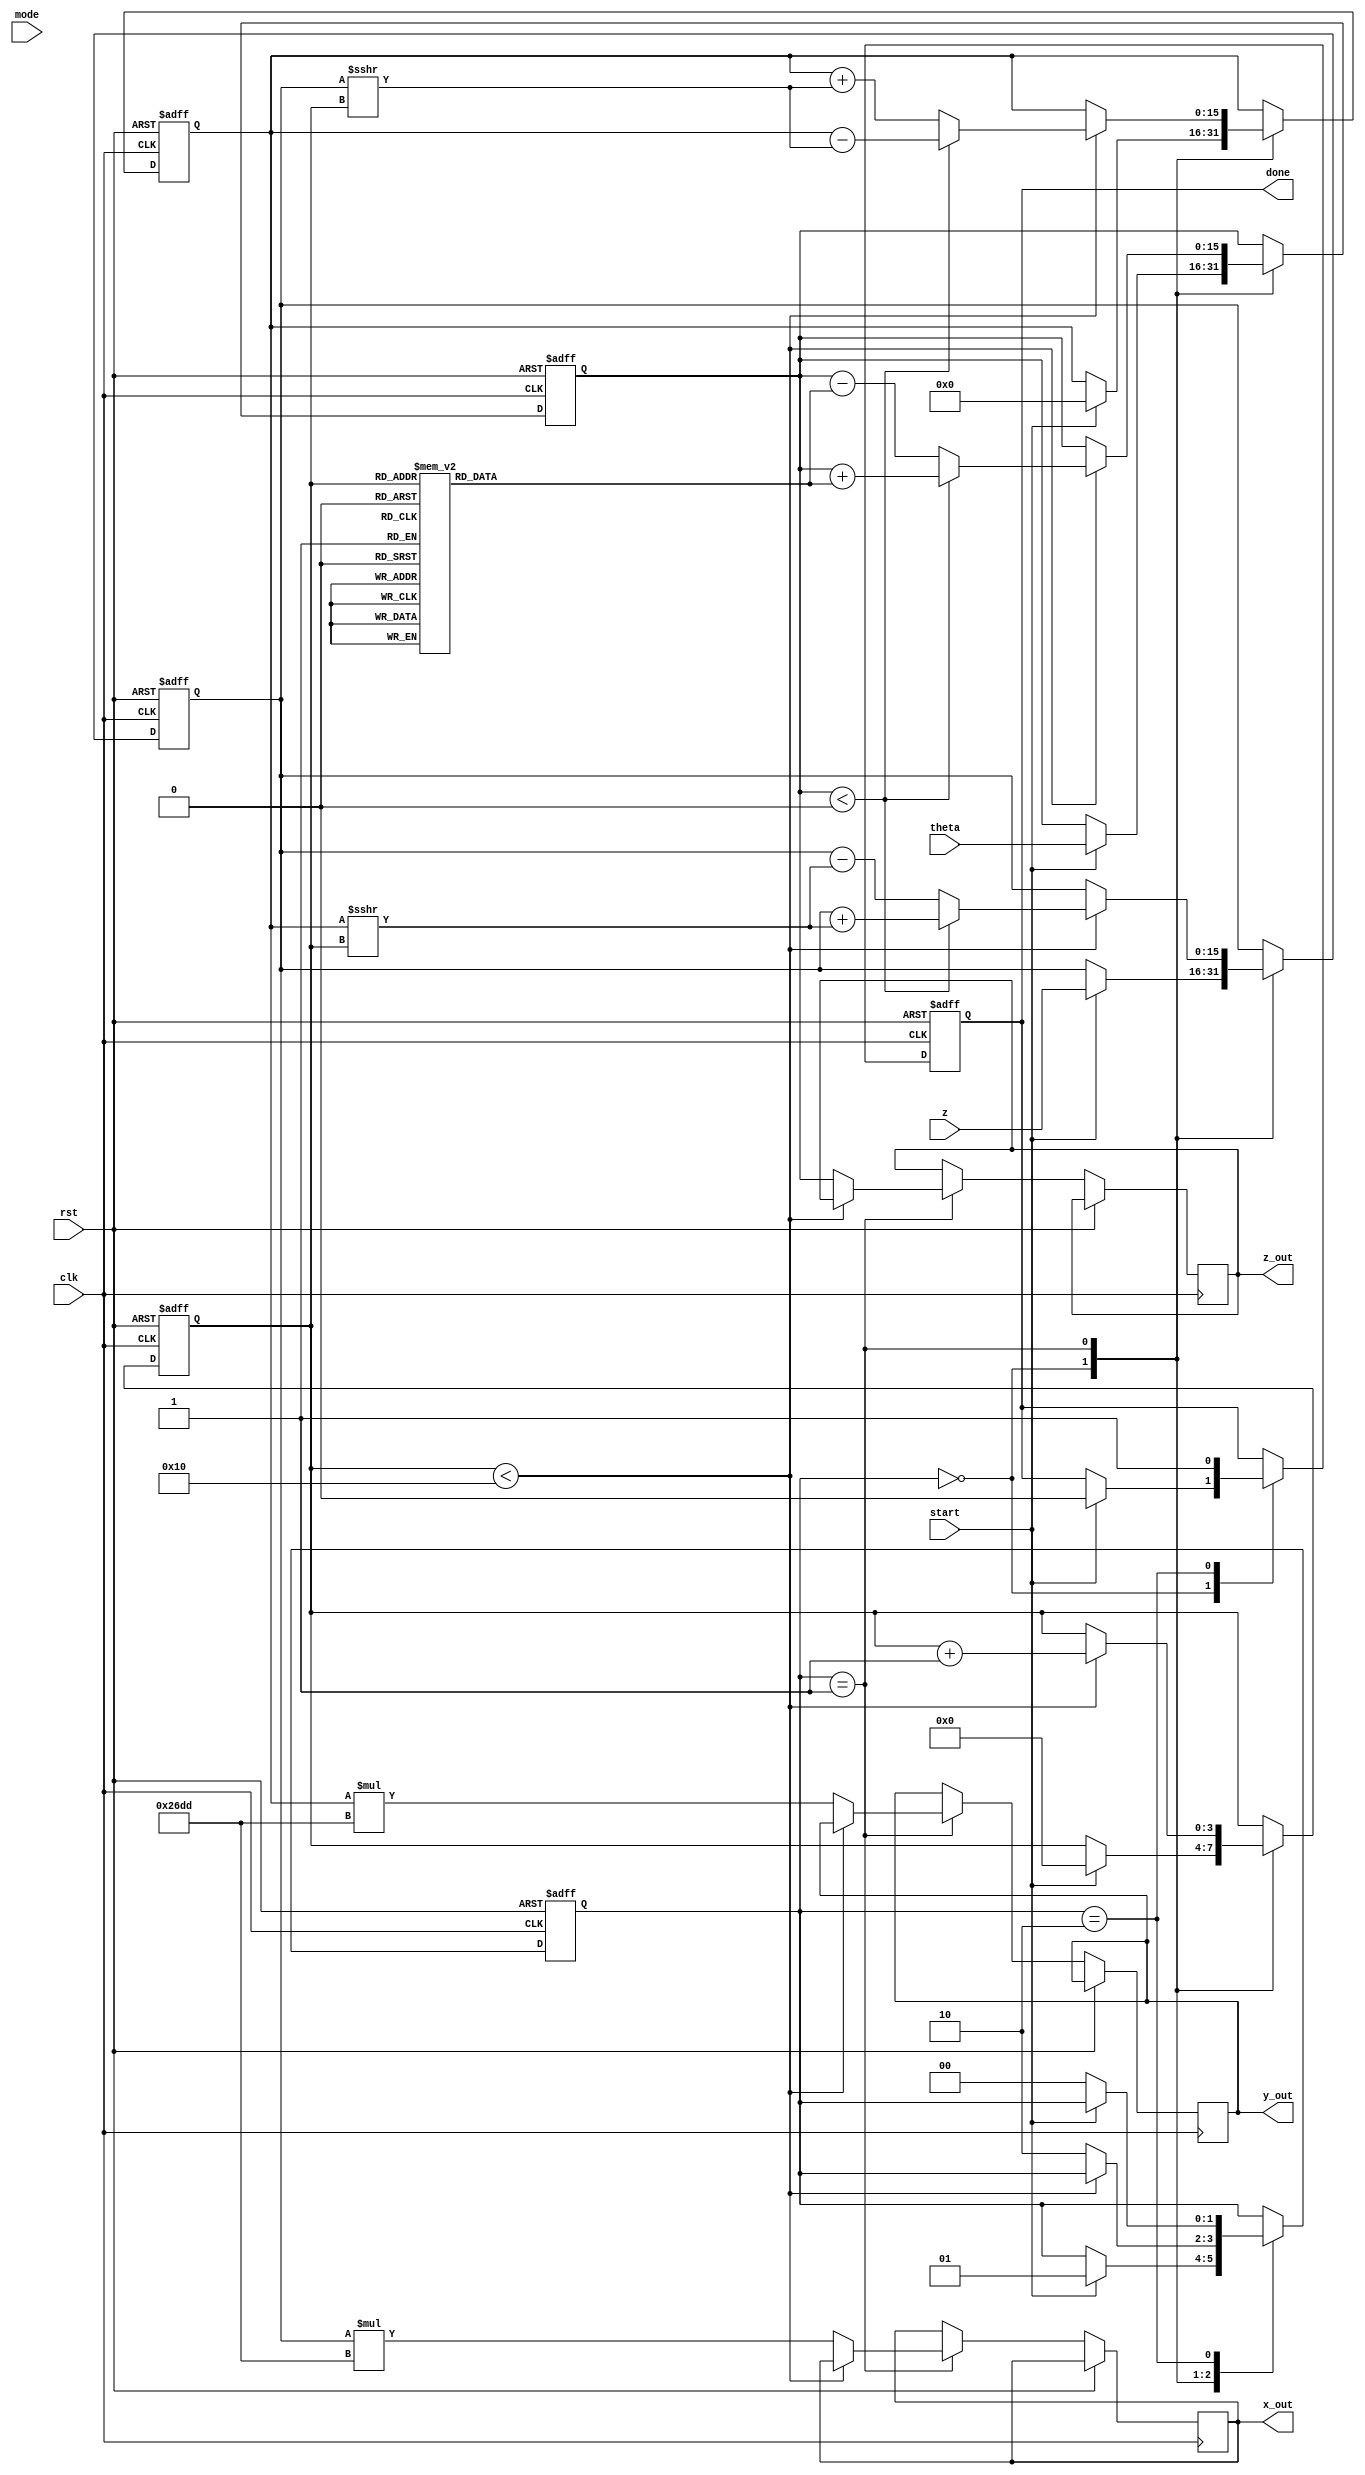
module cordic (
    input wire clk,
    input wire rst,
    input wire [15:0] theta,      // Angle input (fixed-point)
    input wire [15:0] z,          // Magnitude input (fixed-point)
    input wire [1:0] mode,        // Operation mode (00: sine, 01: cosine, 10: hyperbolic, 11: multiplication)
    input wire start,             // Start signal
    output reg [15:0] x_out,      // X output
    output reg [15:0] y_out,      // Y output
    output reg [15:0] z_out,      // Z output
    output reg done               // Done signal
);

    // Internal parameters
    parameter N = 16;              // Number of iterations
    parameter [15:0] K = 16'h26DD; // Scaling factor (approx. 0.607)
    
    // Lookup table for arctangent values
    reg [15:0] atan_table [0:N-1];
    initial begin
        atan_table[0] = 16'h2000; // atan(2^0)
        atan_table[1] = 16'h1333; // atan(2^-1)
        atan_table[2] = 16'h0A3D; // atan(2^-2)
        atan_table[3] = 16'h0519; // atan(2^-3)
        atan_table[4] = 16'h028B; // atan(2^-4)
        atan_table[5] = 16'h0143; // atan(2^-5)
        atan_table[6] = 16'h00A2; // atan(2^-6)
        atan_table[7] = 16'h0051; // atan(2^-7)
        atan_table[8] = 16'h0028; // atan(2^-8)
        atan_table[9] = 16'h0014; // atan(2^-9)
        atan_table[10] = 16'h000A; // atan(2^-10)
        atan_table[11] = 16'h0005; // atan(2^-11)
        atan_table[12] = 16'h0002; // atan(2^-12)
        atan_table[13] = 16'h0001; // atan(2^-13)
        atan_table[14] = 16'h0000; // atan(2^-14)
        atan_table[15] = 16'h0000; // atan(2^-15)
    end

    // Internal registers
    reg [15:0] x, y, z_reg;
    reg [3:0] iteration;
    reg [1:0] state;

    // State machine states
    localparam IDLE = 2'b00, COMPUTE = 2'b01, DONE = 2'b10;

    // Main process
    always @(posedge clk or posedge rst) begin
        if (rst) begin
            x <= 16'h0000;
            y <= 16'h0000;
            z_reg <= 16'h0000;
            iteration <= 0;
            state <= IDLE;
            done <= 0;
        end else begin
            case (state)
                IDLE: begin
                    if (start) begin
                        // Initialize values
                        x <= z; // Initial magnitude
                        y <= 16'h0000; // Initial y
                        z_reg <= theta; // Initial angle
                        iteration <= 0;
                        state <= COMPUTE;
                        done <= 0;
                    end
                end

                COMPUTE: begin
                    if (iteration < N) begin
                        // CORDIC rotation
                        if (z_reg < 0) begin
                            // Rotate clockwise
                            x <= x + (y >>> iteration);
                            y <= y - (x >>> iteration);
                            z_reg <= z_reg + atan_table[iteration];
                        end else begin
                            // Rotate counter-clockwise
                            x <= x - (y >>> iteration);
                            y <= y + (x >>> iteration);
                            z_reg <= z_reg - atan_table[iteration];
                        end
                        iteration <= iteration + 1;
                    end else begin
                        // Final output
                        x_out <= x * K; // Apply scaling factor
                        y_out <= y * K; // Apply scaling factor
                        z_out <= z_reg; // Final angle
                        state <= DONE;
                    end
                end

                DONE: begin
                    done <= 1; // Indicate completion
                    if (!start) begin
                        state <= IDLE; // Reset state
                    end
                end
            endcase
        end
    end
endmodule